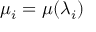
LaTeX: \mu _ { i } = \mu ( \lambda _ { i } )